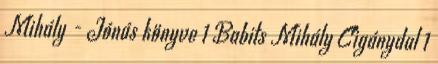
Mihály - Jónás könyve 1 Babits Mihály Cigánydal 1